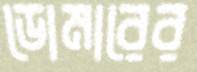
ডোমারের